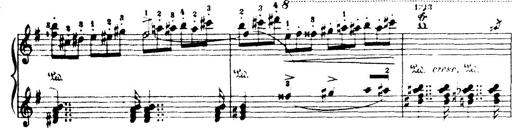
Title: Wagner-Liszt Album
Composer: Franz Liszt